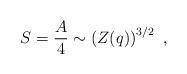
LaTeX: \begin{align*}S={A\over 4} \sim \left (Z(q)\right) ^{3/2} \ ,\end{align*}